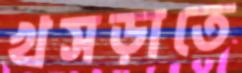
খসড়াতে